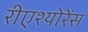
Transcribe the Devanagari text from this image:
रीएश्योरेंस